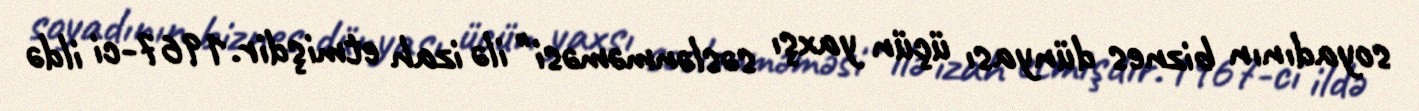
soyadının biznes dünyası üçün yaxşı səslənməməsi" ilə izah etmişdir.1967-ci ildə